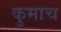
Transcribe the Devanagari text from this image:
कुमाच